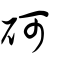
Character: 砢